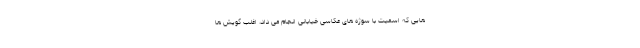
هایی که اسمیت با سوژه های عکاسی خیابانی انجام می داد، اغلب گویش ها